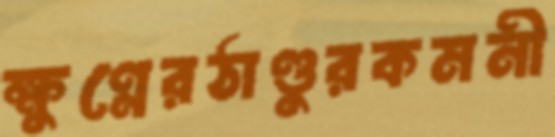
ক্ষুণ্নেরঠাণ্ডুরকমনী